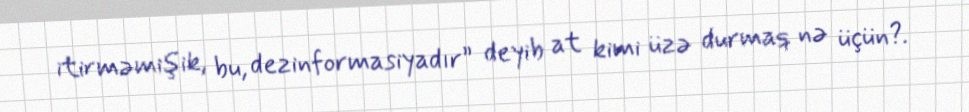
itirməmişik, bu, dezinformasiyadır” deyib at kimi üzə durmaq nə üçün?.